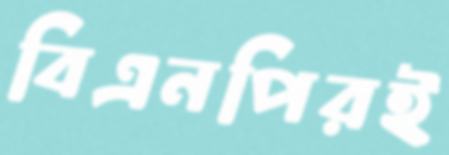
বিএনপিরই